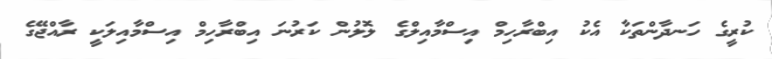
ކުރީގެ ހަނދާންތަކާ އެކު އިބްރާހިމް އިސްމާއިލްގެ ލޮލުން ކަރުނަ އިބްރާހިމް އިސްމާއިލަކީ ރާއްޖޭގެ